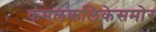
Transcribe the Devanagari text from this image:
कमलकलिकेसमोर